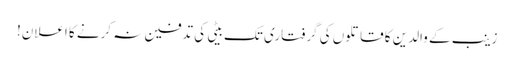
زینب کے والدین کا قاتلوں کی گرفتاری تک بیٹی کی تدفین نہ کرنے کا اعلان!